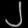
Digit: ၂